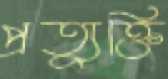
প্রত্যুক্তি